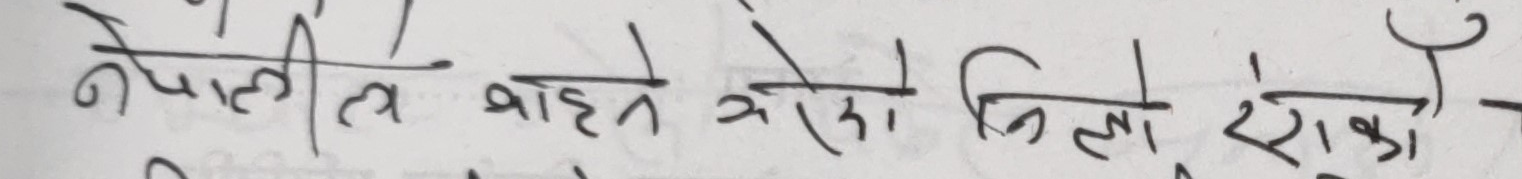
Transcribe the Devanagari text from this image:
नेपालीले बाहेक तेस्रो जिल्ला सेरोका